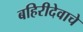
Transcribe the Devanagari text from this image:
बहिरीदेवाचे